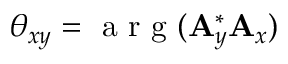
\theta _ { x y } = \mathrm { ~ a ~ r ~ g ~ } ( \mathbf { A } _ { y } ^ { * } \mathbf { A } _ { x } )